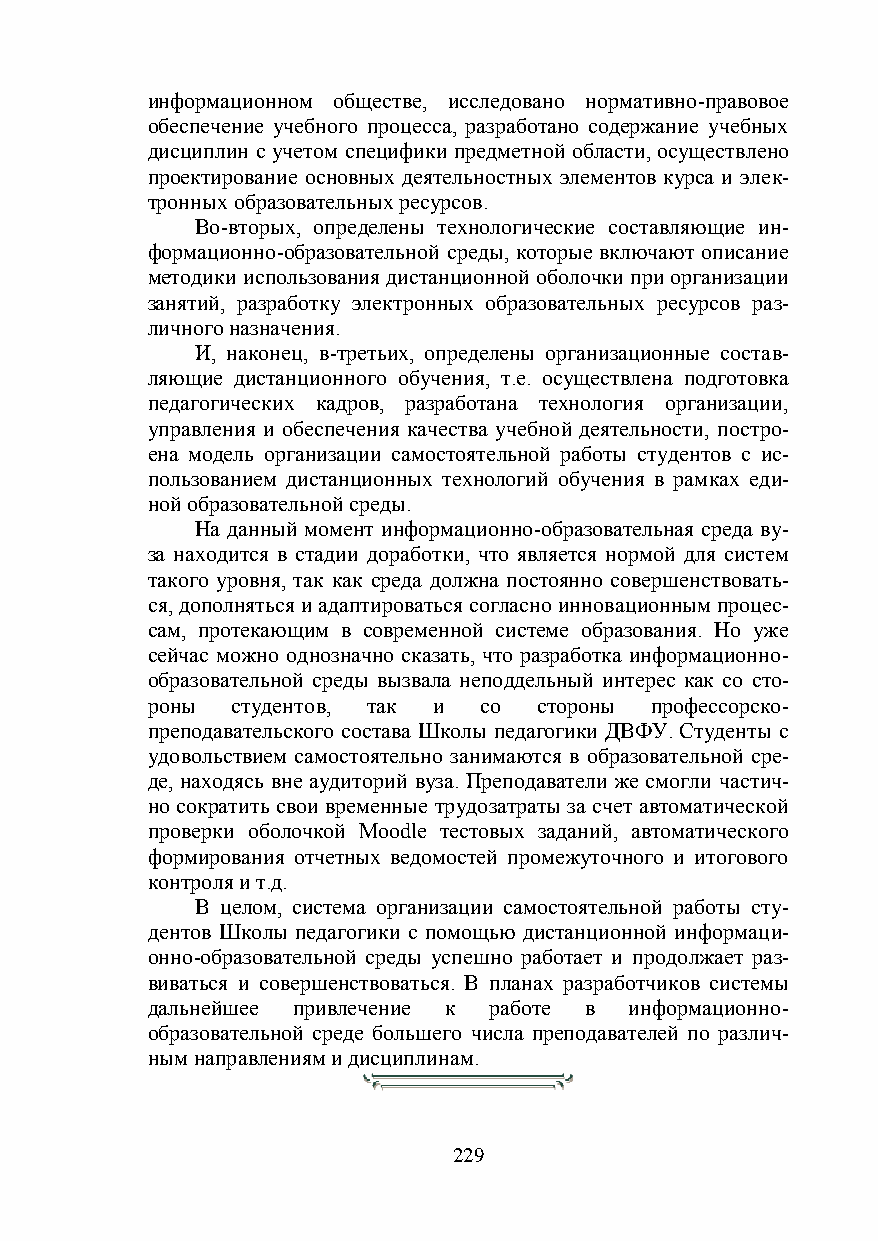
информационном обществе, исследовано нормативно-правовое
 обеспечение учебного процесса, разработано содержание учебных
 дисциплин с учетом специфики предметной области, осуществлено
 проектирование основных деятельностных элементов курса и элек-
 тронных образовательных ресурсов.
 Во-вторых, определены технологические составляющие ин-
 формационно-образовательной среды, которые включают описание
 методики использования дистанционной оболочки при организации
 занятий, разработку электронных образовательных ресурсов раз-
 личного назначения.
 И, наконец, в-третьих, определены организационные состав-
 ляющие дистанционного обучения, т.е. осуществлена подготовка
 педагогических кадров, разработана технология организации,
 управления и обеспечения качества учебной деятельности, постро-
 ена модель организации самостоятельной работы студентов с ис-
 пользованием дистанционных технологий обучения в рамках еди-
 ной образовательной среды.
 На данный момент информационно-образовательная среда ву-
 за находится в стадии доработки, что является нормой для систем
 такого уровня, так как среда должна постоянно совершенствовать-
 ся, дополняться и адаптироваться согласно инновационным процес-
 сам, протекающим в современной системе образования. Но уже
 сейчас можно однозначно сказать, что разработка информационно-
 образовательной среды вызвала неподдельный интерес как со сто-
 роны студентов, так и со  стороны профессорско-
 преподавательского состава Школы педагогики ДВФУ. Студенты с
 удовольствием самостоятельно занимаются в образовательной сре-
 де, находясь вне аудиторий вуза. Преподаватели же смогли частич-
 но сократить свои временные трудозатраты за счет автоматической
 проверки оболочкой Moodle тестовых заданий, автоматического
 формирования отчетных ведомостей промежуточного и итогового
 контроля и т.д.
 В целом, система организации самостоятельной работы сту-
 дентов Школы педагогики с помощью дистанционной информаци-
 онно-образовательной среды успешно работает и продолжает раз-
 виваться и совершенствоваться. В планах разработчиков системы
 дальнейшее привлечение к работе в информационно-
 образовательной среде большего числа преподавателей по различ-
 ным направлениям и дисциплинам.
 229